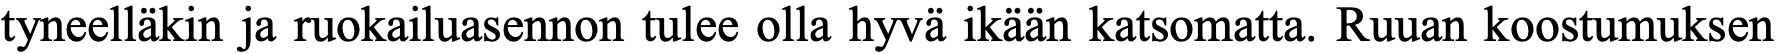
tyneelläkin ja ruokailuasennon tulee olla hyvä ikään katsomatta. Ruuan koostumuksen